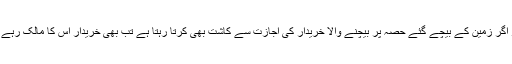
اور اگر زمین کے بیچے گئے حصہ پر بیچنے والا خریدار کی اجازت سے کاشت بھی کرتا رہتا ہے تب بھی خریدار اس کا مالک رہے گا۔